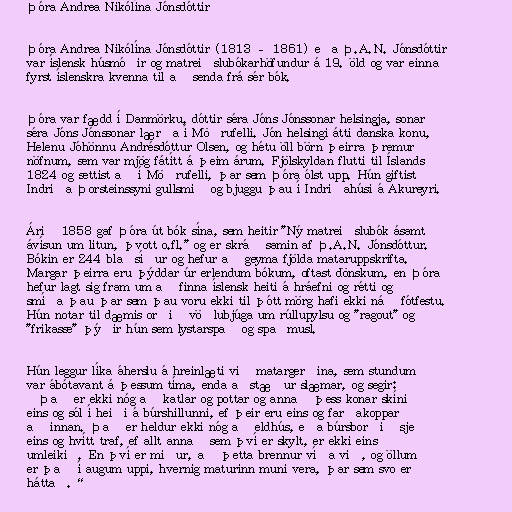
Þóra Andrea Nikólína Jónsdóttir

Þóra Andrea Nikólína Jónsdóttir (1813 – 1861) eða Þ.A.N. Jónsdóttir
var íslensk húsmóðir og matreiðslubókarhöfundur á 19. öld og var einna
fyrst íslenskra kvenna til að senda frá sér bók.

Þóra var fædd í Danmörku, dóttir séra Jóns Jónssonar helsingja, sonar
séra Jóns Jónssonar lærða í Möðrufelli. Jón helsingi átti danska konu,
Helenu Jóhönnu Andrésdóttur Olsen, og hétu öll börn þeirra þremur
nöfnum, sem var mjög fátítt á þeim árum. Fjölskyldan flutti til Íslands
1824 og settist að í Möðrufelli, þar sem Þóra ólst upp. Hún giftist
Indriða Þorsteinssyni gullsmið og bjuggu þau í Indriðahúsi á Akureyri.

Árið 1858 gaf Þóra út bók sína, sem heitir "Ný matreiðslubók ásamt
ávísun um litun, þvott o.fl." og er skráð samin af Þ.A.N. Jónsdóttur.
Bókin er 244 blaðsíður og hefur að geyma fjölda mataruppskrifta.
Margar þeirra eru þýddar úr erlendum bókum, oftast dönskum, en Þóra
hefur lagt sig fram um að finna íslensk heiti á hráefni og rétti og
smíða þau þar sem þau voru ekki til þótt mörg hafi ekki náð fótfestu.
Hún notar til dæmis orðið vöðlubjúga um rúllupylsu og "ragout" og
"frikasse" þýðir hún sem lystarspað og spaðmusl.

Hún leggur líka áherslu á hreinlæti við matargerðina, sem stundum
var ábótavant á þessum tíma, enda aðstæður slæmar, og segir:
„Það er ekki nóg að katlar og pottar og annað þess konar skíni
eins og sól í heiði á búrshillunni, ef þeir eru eins og farðakoppar
að innan. Það er heldur ekki nóg að eldhús, eða búrsborðið sje
eins og hvítt traf, ef allt annað sem því er skylt, er ekki eins
umleikið. En því er miður, að þetta brennur víða við, og öllum
er það í augum uppi, hvernig maturinn muni vera, þar sem svo er
háttað.“